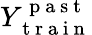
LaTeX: Y_{\mathrm{~t~r~a~i~n~}}^{\mathrm{~p~a~s~t~}}